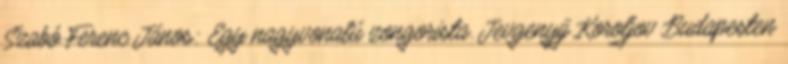
Szabó Ferenc János: Egy nagyvonalú zongorista. Jevgenyij Koroljov Budapesten